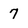
Character: 7